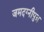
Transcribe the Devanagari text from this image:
जमदग्नीपुत्र